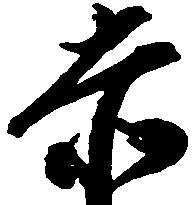
赤